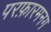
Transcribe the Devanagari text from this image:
परफ़ारमनग